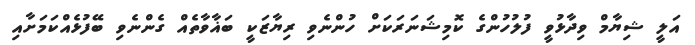
އަލީ ޝިޔާމް ވިދާޅުވީ ފުލުހުންގެ ކޮމިޝަނަރަކަށް ހުންނެވި ރިޔާޒަކީ ބަޣާވާތެއް ގެންނެވި ބޭފުޅެއްކަމަށާއި